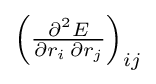
{\begin{pmatrix}{\frac {\partial ^{2}E}{\partial r_{i}\,\partial r_{j}}}\end{pmatrix}}_{ij}